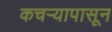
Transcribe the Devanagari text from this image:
कचर्‍यापासून